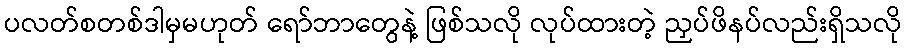
ပလတ်စတစ်ဒါမှမဟုတ် ရော်ဘာတွေနဲ့ ဖြစ်သလို လုပ်ထားတဲ့ ညှပ်ဖိနပ်လည်းရှိသလို